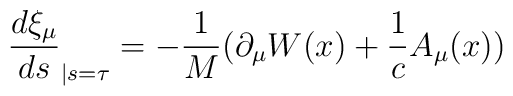
\frac{d\xi_{\mu}}{ds}_{|s=\tau}=-\frac{1}{M}(\partial_{\mu}W(x)+\frac{1}{c}A_{\mu}(x))